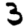
Digit: 3